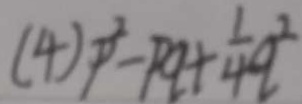
( 4 ) ^ { 2 } - P a + \frac { 1 } { 4 } 9 ^ { 2 }